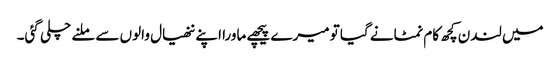
میں لندن کچھ کام نمٹانے گیا تو میرے پیچھے ماورا اپنے ننھیال والوں سے ملنے چلی گئی۔